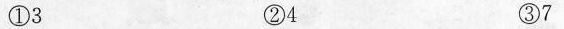
①3 ②4 ③7